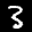
Label: 3